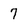
Character: 7